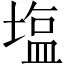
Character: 塩